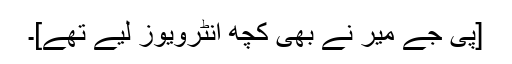
[پی جے میر نے بھی کچھ انٹرویوز لیے تھے]۔